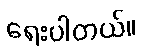
ရေးပါတယ်။